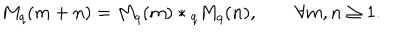
LaTeX: M _ { q } ( m + n ) = M _ { q } ( m ) * { } _ { q } M _ { q } ( n ) , \qquad \forall m , n \ge 1 .